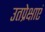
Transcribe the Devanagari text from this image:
उतप्रेक्षाएं